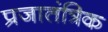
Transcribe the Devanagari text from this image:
प्रजातंत्रिक